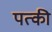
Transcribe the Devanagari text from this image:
पत्‍की